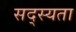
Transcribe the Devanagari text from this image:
सद्स्यता